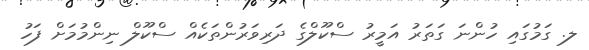
ލ. ގަމުގައި ހުންނަ ގަތަރު އަމީރު ސްކޫލްގެ ދަރިވަރުންތަކެއް ސްކޫލް ނިންމުމަށް ފަހު